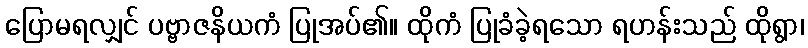
ပြောမရလျှင် ပဗ္ဗာဇနိယကံ ပြုအပ်၏။ ထိုကံ ပြုခံခဲ့ရသော ရဟန်းသည် ထိုရွာ၊